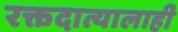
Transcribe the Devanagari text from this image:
रक्तदात्यालाही